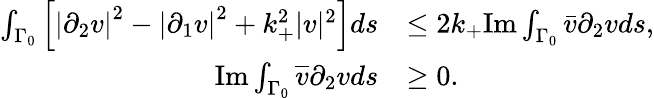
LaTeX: \begin{array}{rl}{\int_{\Gamma_{0}}\left[\left|\partial_{2}v\right|^{2}-\left|\partial_{1}v\right|^{2}+k_{+}^{2}|v|^{2}\right]ds}&{\leq 2k_{+}\textrm{Im}\int_{\Gamma_{0}}\bar{v}\partial_{2}vds,}\\ {\textrm{Im}\int_{\Gamma_{0}}\overline{{v}}\partial_{2}vds}&{\geq 0.}\end{array}